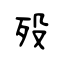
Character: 殁